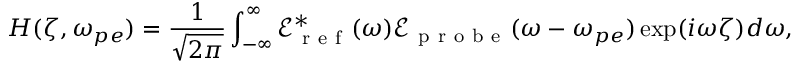
H ( \zeta , \omega _ { p e } ) = \frac { 1 } { \sqrt { 2 \pi } } \int _ { - \infty } ^ { \infty } \mathcal { E } _ { \mathrm { ~ r ~ e ~ f ~ } } ^ { * } ( \omega ) \mathcal { E } _ { \mathrm { ~ p ~ r ~ o ~ b ~ e ~ } } ( \omega - \omega _ { p e } ) \exp ( i \omega \zeta ) d \omega ,